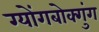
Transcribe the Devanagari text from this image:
ग्योंगबोक्गुंग